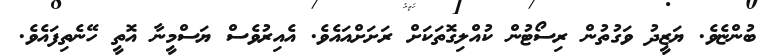
ބުންޏެވެ. ޔަޒީދު ވަގުތުން ރިސޯޓުން ކުއްލިގޮތަކަށް ރަށަށްއައެވެ. އެއިރުވެސް ޔަސްމީނާ އޮތީ ހޭނެތިފައެވެ.